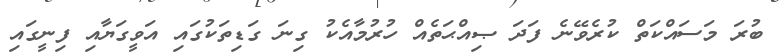
ބުރަ މަސައްކަތް ކުރެވޭނެ ފަދަ ޞިއްޙަތެއް ހުރުމާއެކު ގިނަ ގަޑިތަކުގައި އަވީގަޔާއި ފިނީގައި